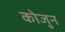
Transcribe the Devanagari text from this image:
कोजुन